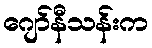
ဂျော်နီသန်းက